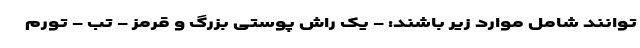
توانند شامل موارد زیر باشند: - یک راش پوستی بزرگ و قرمز - تب - تورم